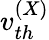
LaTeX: v_{th}^{(X)}